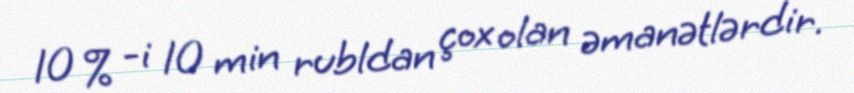
10 % -i 10 min rubldan çox olan əmanətlərdir.